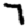
Digit: 7